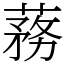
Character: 蓩